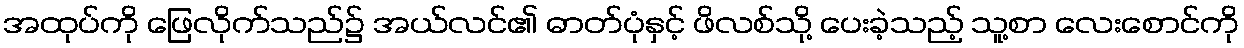
အထုပ်ကို ဖြေလိုက်သည်၌ အယ်လင်၏ ဓာတ်ပုံနှင့် ဖိလစ်သို့ ပေးခဲ့သည့် သူ့စာ လေးစောင်ကို